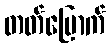
တတ်မြောက်